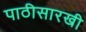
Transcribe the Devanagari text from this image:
पाठीसारखी